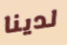
لدينا